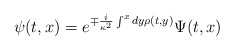
\begin{align*}\psi (t,x) = e^{\mp \frac{i}{\kappa^2} \int^x dy \rho (t,y)} \Psi (t,x)\end{align*}